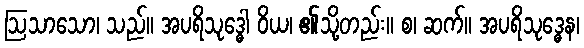
ဩသာသော၊ သည်။ အပရိသုဒ္ဓေါ ဝိယ၊ ၏သို့တည်း။ စ၊ ဆက်။ အပရိသုဒ္ဓေန၊